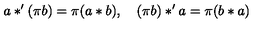
a * ^ { \prime } ( \pi b ) = \pi ( a * b ) , \quad ( \pi b ) * ^ { \prime } a = \pi ( b * a )